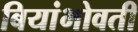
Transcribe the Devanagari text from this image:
बियांभोवती